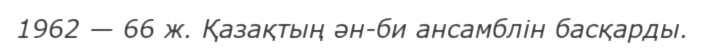
1962 — 66 ж. Қазақтың ән-би ансамблін басқарды.